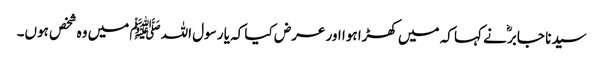
سیدنا جابرؓ نے کہا کہ میں کھڑا ہوا اور عرض کیا کہ یا رسول اللہﷺ میں وہ شخص ہوں۔